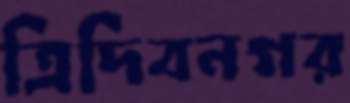
ত্রিদিবনগর